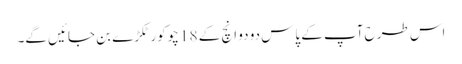
اس طرح آپ کے پاس دو دو انچ کے 18 چوکور ٹکڑے بن جائیں گے۔